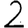
Digit: 2